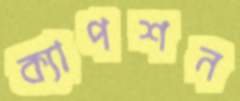
ক্যাপশন